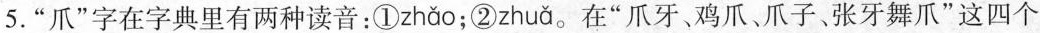
5.“爪”字在字典里有两种读音：①zhao;②zhua。在“爪牙、鸡爪、爪子、张牙舞爪”这四个